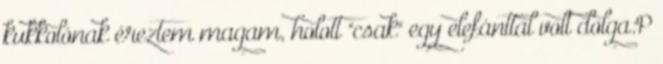
kukkolónak éreztem magam, holott "csak" egy elefánttal volt dolga:P